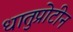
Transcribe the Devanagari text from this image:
धातुप्रोटीन